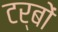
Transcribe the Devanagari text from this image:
टर्बों